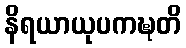
နိရယာယုပကဍ္ဎတိ